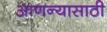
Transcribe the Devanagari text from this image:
आणन्यासाठी